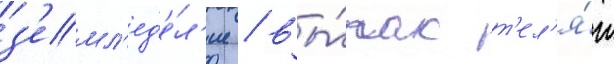
з'емл'ед'е́л'ие / вы́пас т'ел'я́т